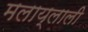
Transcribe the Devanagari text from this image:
मलाय्लाली